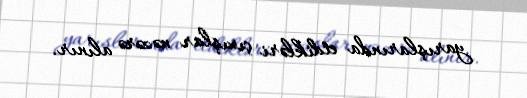
yarışlarında etdikləri çıxışlar nəzərə alınır.